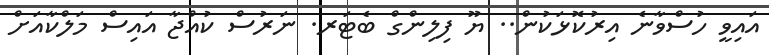
އައިވީ ހުސްވާނެ އިރުކޮޅަކުން.. ޔޫ ފިލިންގް ބެޓަރ. ނަރުސް ކުއްޖާ އައިސް މަލްކާއަށް